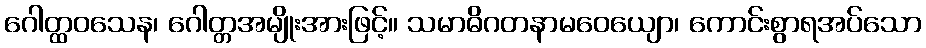
ဂေါတ္ထဝသေန၊ ဂေါတ္တအမျိုးအားဖြင့်။ သမာဓိဂတနာမဝေယျော၊ ကောင်းစွာရအပ်သော